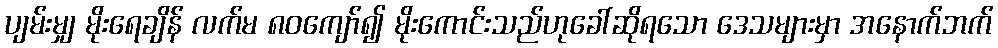
ပျမ်းမျှ မိုးရေချိန် လက်မ ၈၀ကျော်၍ မိုးကောင်းသည်ဟုခေါ်ဆိုရသော ဒေသများမှာ အနောက်ဘက်